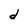
Character: d